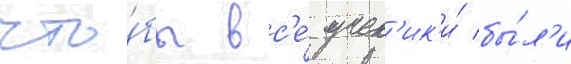
что́бы вс'е́ учен'ик'и́ бы́л'и